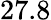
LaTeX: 27.8